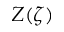
Z ( \zeta )